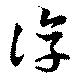
淳